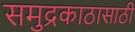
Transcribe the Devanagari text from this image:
समुद्रकाठासाठी